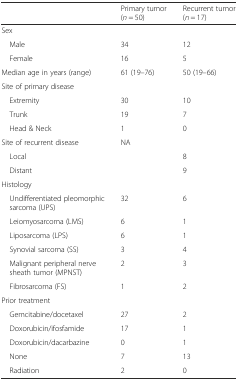
<table><thead><tr><td></td><td><b>Primary tumor (<i>n</i> = 50)</b></td><td><b>Recurrent tumor (<i>n</i> = 17)</b></td></tr></thead><tbody><tr><td colspan="3">Sex</td></tr><tr><td> Male</td><td>34</td><td>12</td></tr><tr><td> Female</td><td>16</td><td>5</td></tr><tr><td>Median age in years (range)</td><td>61 (19–76)</td><td>50 (19–66)</td></tr><tr><td colspan="3">Site of primary disease</td></tr><tr><td> Extremity</td><td>30</td><td>10</td></tr><tr><td> Trunk</td><td>19</td><td>7</td></tr><tr><td> Head &amp; Neck</td><td>1</td><td>0</td></tr><tr><td>Site of recurrent disease</td><td rowspan="3">NA</td><td></td></tr><tr><td> Local</td><td>8</td></tr><tr><td> Distant</td><td>9</td></tr><tr><td colspan="3">Histology</td></tr><tr><td> Undifferentiated pleomorphic sarcoma (UPS)</td><td>32</td><td>6</td></tr><tr><td> Leiomyosarcoma (LMS)</td><td>6</td><td>1</td></tr><tr><td> Liposarcoma (LPS)</td><td>6</td><td>1</td></tr><tr><td> Synovial sarcoma (SS)</td><td>3</td><td>4</td></tr><tr><td> Malignant peripheral nerve sheath tumor (MPNST)</td><td>2</td><td>3</td></tr><tr><td> Fibrosarcoma (FS)</td><td>1</td><td>2</td></tr><tr><td colspan="3">Prior treatment</td></tr><tr><td> Gemcitabine/docetaxel</td><td>27</td><td>2</td></tr><tr><td> Doxorubicin/ifosfamide</td><td>17</td><td>1</td></tr><tr><td> Doxorubicin/dacarbazine</td><td>0</td><td>1</td></tr><tr><td> None</td><td>7</td><td>13</td></tr><tr><td> Radiation</td><td>2</td><td>0</td></tr></tbody></table>